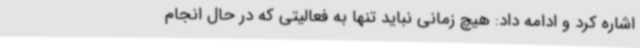
اشاره کرد و ادامه داد: هیچ زمانی نباید تنها به فعالیتی که در حال انجام